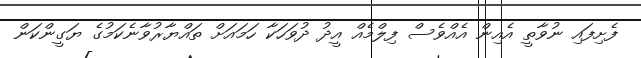
ފެށިފައި ނުވާތީ އެއިން އެއްވެސް ފިލްމެއް އީދު ދުވަހަކާ ހަމައަށް ތައްޔާރުވާނެކަމުގެ ޔަގީންކަން